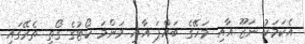
އެކަމަކު ނަޒޫ އާއި މަހޭގެ ބައްޕަ އާއި މަންމަ ކޯޓުގެ ގޯތި ތެރޭގައި